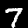
Label: 7